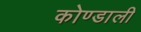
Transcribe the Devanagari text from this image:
कोण्डाली